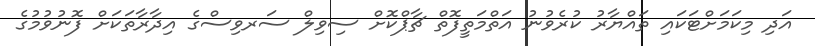
އަދި މިކަމަށްޓަކައި ތައްޔާރު ކުރެވުނު އަތްމަތީފޮތް ޗާޕްކޮށް ސިވިލް ސަރވިސްގެ އިދާރާތަކަށް ފޮނުވުމުގެ